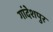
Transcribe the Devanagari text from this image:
गांदेशपुर